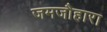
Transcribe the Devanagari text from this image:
जमजौहारा